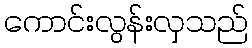
ကောင်းလွန်းလှသည်